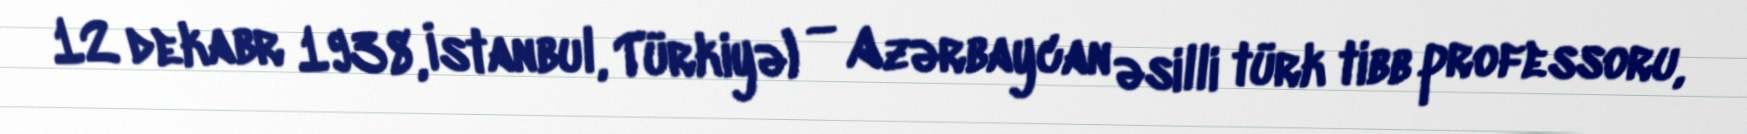
12 dekabr 1938, İstanbul, Türkiyə) — Azərbaycan əsilli türk tibb professoru,